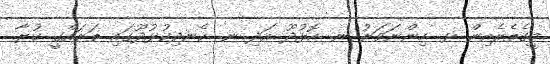
މީގެތެރެއިން ޅ. ހިންނަވަރު ނ. ހޮޅުދޫ އަދި ނ. ކެނދިކުޅުދޫގައި ތަރައްގީ ކުރާ